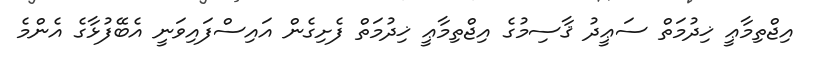
އިޖްތިމާޢީ ޚިދުމަތް ސަޢީދު ޤާސިމުގެ އިޖްތިމާޢީ ޚިދުމަތް ފެށިގެން އައިސްފައިވަނީ އެބޭފުޅާގެ އެންމެ